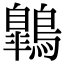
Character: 鷱